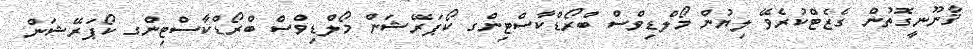
ޤާނޫނީގޮތުން ގެޒެޓްކުރެވޭ ލިޔުން މޯލްޑިވްސް ބްރޯޑްކާސްޓިންގ ކޯޕަރޭޝަން މޯލްޑިވްސް ބްރޯޑްކާސްޓިންގ ކޯޕަރޭޝަން